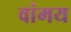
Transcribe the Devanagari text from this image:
वांमय